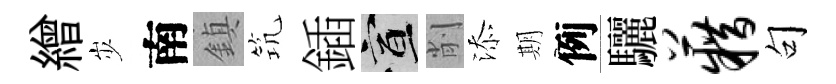
繒𡵯南鎮𥬑鍤宣削添期例驪籍句